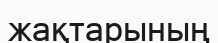
жақтарының